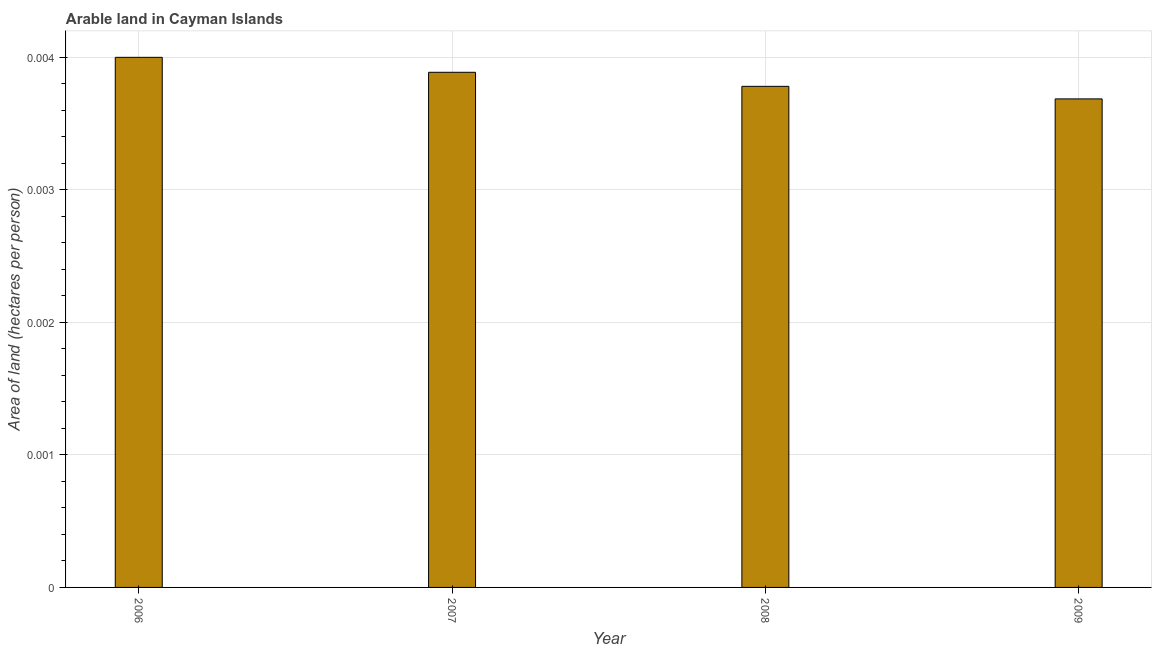
| Year | Arable land |
 | --- | --- |
 | 2006 | 0.004 |
 | 2007 | 0.00389 |
 | 2008 | 0.00378 |
 | 2009 | 0.00368 |